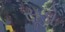
સૂડો